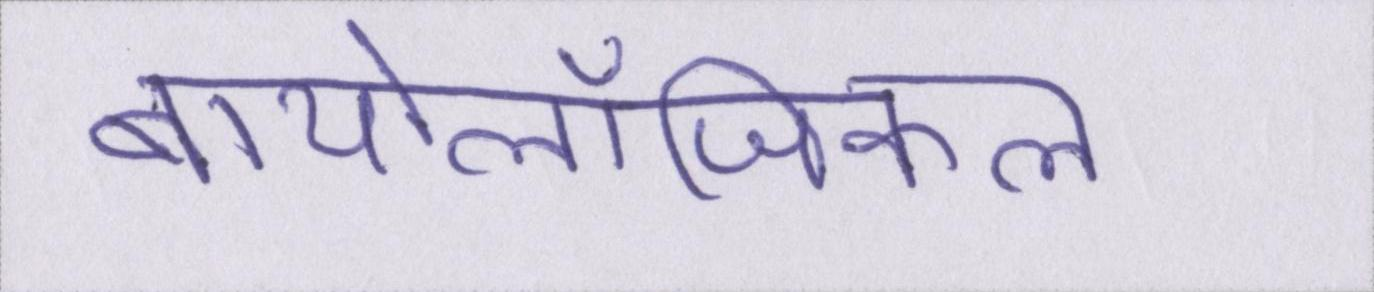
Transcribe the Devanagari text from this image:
बायोलॉजिकल